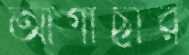
আগাছার